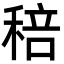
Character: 稖